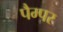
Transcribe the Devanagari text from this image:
पैम्पर